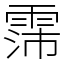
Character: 霈